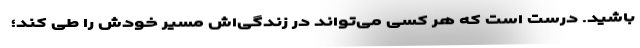
باشید. درست است که هر کسی می‌تواند در زندگی‌اش مسیر خودش را طی کند؛